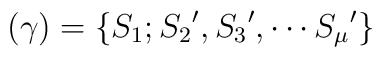
(\gamma)=\{S_1;{S_2}',{S_3}',\cdots{S_\mu}'\}